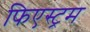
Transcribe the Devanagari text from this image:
फिएस्ट्रम